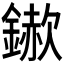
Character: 𮢵